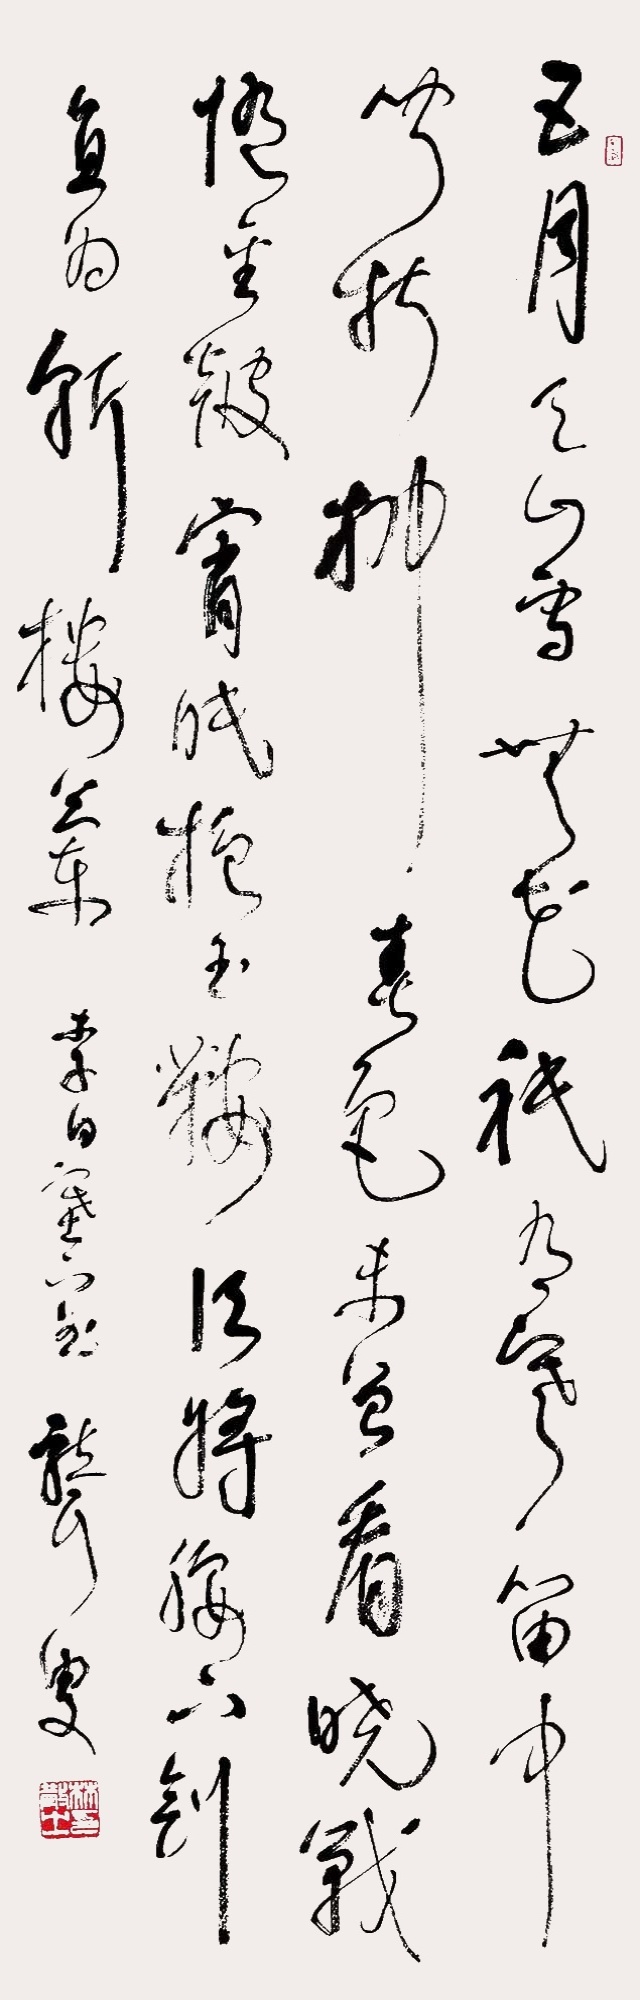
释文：五月天山雪，无花只有寒。笛中闻折柳，春色未曾看。晓战随金鼓，宵眠抱玉鞍。愿将腰下剑，直为斩楼兰。李白塞下一首，聋叟。